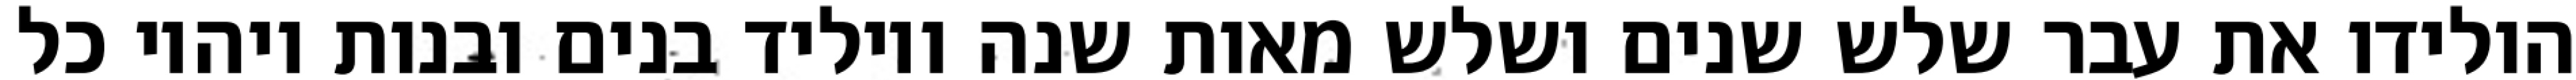
הולידו את עבר שלש שנים ושלש מאות שנה ויוליד בנים ובנות ויהיו כל